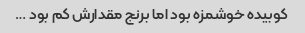
کوبیده خوشمزه بود اما برنج مقدارش کم بود …